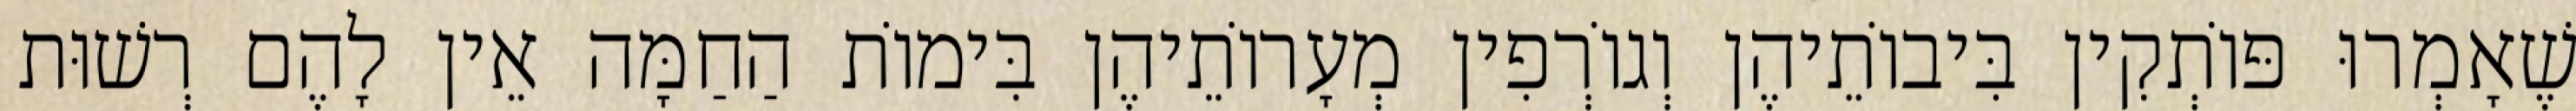
שֶׁאָמְרוּ פּוֹתְקִין בִּיבוֹתֵיהֶן וְגוֹרְפִין מְעָרוֹתֵיהֶן בִּימוֹת הַחַמָּה אֵין לָהֶם רְשׁוּת